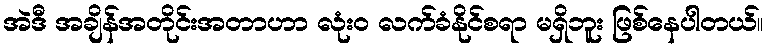
အဲဒီ အချိန်အတိုင်းအတာဟာ လုံး၀ လက်ခံနိုင်စရာ မရှိဘူး ဖြစ်နေပါတယ်။